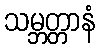
သမ္ဘတ္တာနံ